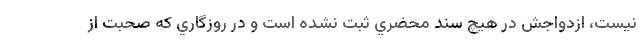
نيست، ازدواجش در هيچ سند محضري ثبت نشده است و در روزگاري كه صحبت از